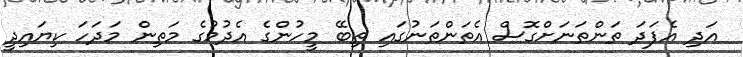
އަދި އެފަދަ ތަންތަނަށްގޮސް އެތަންތަނުގައި ތިބޭ މީހުންގެ އެދުމުގެ މަތިން މަދަހަ ކިޔައިދީ